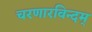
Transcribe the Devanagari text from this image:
चरणारविन्दम्